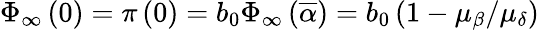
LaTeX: \Phi_{\infty}\left(0\right)=\pi\left(0\right)=b_{0}\Phi_{\infty}\left(\overline{{\alpha}}\right)=b_{0}\left(1-\mu_{\beta}/\mu_{\delta}\right)